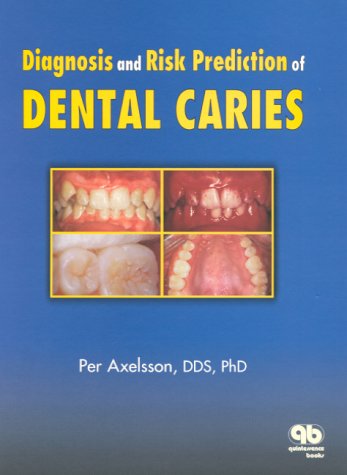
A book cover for Diagnosis and Risk Prediction of Dental Caries, Volume 2; Per Axelsson; Medical Books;